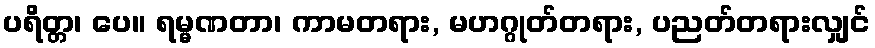
ပရိတ္တ၊ ပေ။ ရမ္မဏတာ၊ ကာမတရား, မဟဂ္ဂုတ်တရား, ပညတ်တရားလျှင်